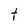
Character: t